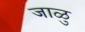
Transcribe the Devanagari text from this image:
जाळु